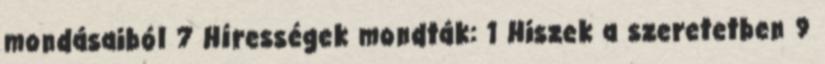
mondásaiból 7 Hírességek mondták: 1 Hiszek a szeretetben 9